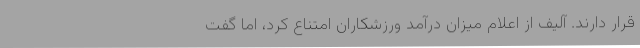
قرار دارند. آلیف از اعلام میزان درآمد ورزشکاران امتناع کرد، اما گفت